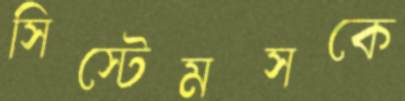
সিস্টেমসকে